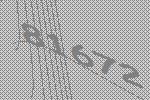
81672